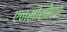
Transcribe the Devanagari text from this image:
एनसीसीएए